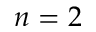
n = 2